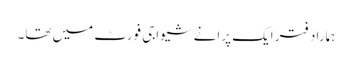
ہمارا دفتر ایک پرانے شیواجی فورٹ میں تھا۔